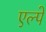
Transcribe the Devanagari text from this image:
एल्पे